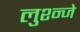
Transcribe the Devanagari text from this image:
लुश्न्जे